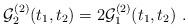
LaTeX: \begin{align*}{\cal G}_2^{(2)}(t_1,t_2) = 2 {\cal G}_1^{(2)}(t_1,t_2) \ .\end{align*}